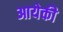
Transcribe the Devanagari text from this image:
आयेकी